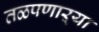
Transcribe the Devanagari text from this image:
तळपणाऱ्या